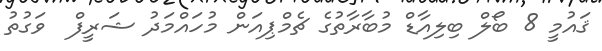
ޤައުމީ 8 ބޯލް ބިލިއާޑް މުބާރާތުގެ ޗެމްޕިއަން މުހައްމަދު ޝަރީފް  ވަގުތު